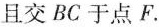
且交BC于点F.